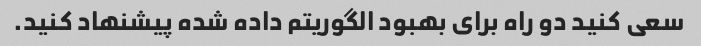
سعی کنید دو راه برای بهبود الگوریتم داده شده پیشنهاد کنید.